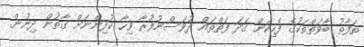
ތަފާތު ބާވަތްތަކުގެ ފެހިކަން ގަދަ ފަތްތައް ދުވަސްނުފުރާ ވިހާ ކުދިންނަށް ގާތުން ދިނުން.